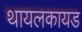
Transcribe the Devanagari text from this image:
थायलकायड